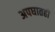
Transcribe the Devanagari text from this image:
अपघातही